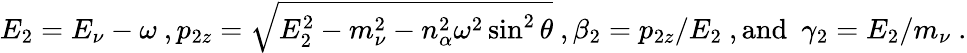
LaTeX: E_{2}=E_{\nu}-\omega\ ,p_{2z}=\sqrt{E_{2}^{2}-m_{\nu}^{2}-n_{\alpha}^{2}\omega^{2}\sin^{2}\theta}\ ,\beta_{2}=p_{2z}/E_{2}\ ,\mathrm{and\ \ }\gamma_{2}=E_{2}/m_{\nu}\ .